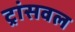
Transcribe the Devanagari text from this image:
ट्रांसवल